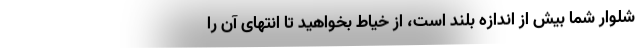
شلوار شما بیش از اندازه بلند است، از خیاط بخواهید تا انتهای آن را